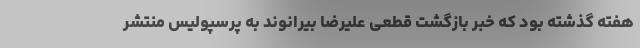
هفته گذشته بود که خبر بازگشت قطعی علیرضا بیرانوند به پرسپولیس منتشر